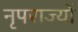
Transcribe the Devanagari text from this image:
नृपराज्यों